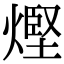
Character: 熞